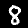
Digit: 8